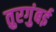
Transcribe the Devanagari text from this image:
तुरगुंबई